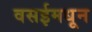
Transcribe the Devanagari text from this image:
वसईमधून